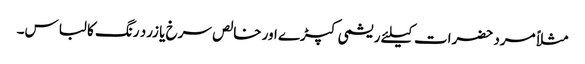
مثلاً مرد حضرات کیلئے ریشمی کپڑے اور خالص سرخ یا زرد رنگ کا لباس۔